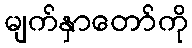
မျက်နှာတော်ကို